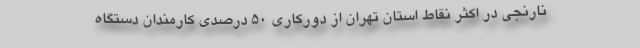
نارنجی در اکثر نقاط استان تهران از دورکاری ۵۰ درصدی کارمندان دستگاه